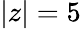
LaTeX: |z|=5